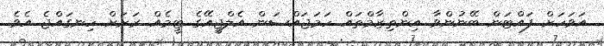
އަވަހަށް ފައްޓަން ބޭނުންވާ އިންތިޒާމްތައް ހަމަޖައްސަން އެލްޖީއޭގެ ޓީމެއް ރަށަށް ހިނގައްޖެ އެވެ.